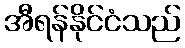
အီရန်နိုင်ငံသည်